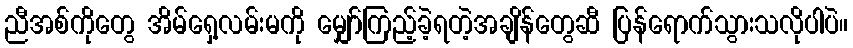
ညီအစ်ကိုတွေ အိမ်ရှေ့လမ်းမကို မျှော်ကြည့်ခဲ့ရတဲ့အချိန်တွေဆီ ပြန်ရောက်သွားသလိုပါပဲ။